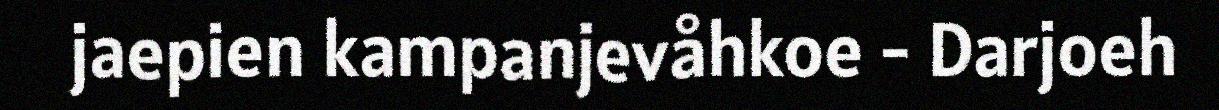
jaepien kampanjevåhkoe - Darjoeh